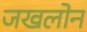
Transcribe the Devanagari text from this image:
जखलोन